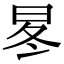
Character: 㫡